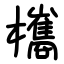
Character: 欈